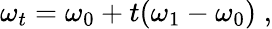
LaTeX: \omega_{t}=\omega_{0}+t(\omega_{1}-\omega_{0})\; ,